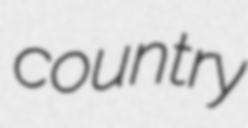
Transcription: country